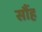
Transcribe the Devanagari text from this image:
सौंह